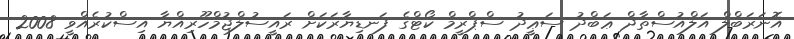
އޮނަރަބްލް އަލްއުސްތާޛް ޢަބްދު ސަޢީދު ސްޕްރީމް ކޯޓްގެ ފަނޑިޔާރަކަށް ރައީސުލްޖުމްހޫރިއްޔާ އިސްކުރެއްވީ 2008